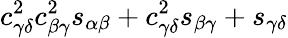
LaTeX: c_{\gamma\delta}^{2}c_{\beta\gamma}^{2}s_{\alpha\beta}+c_{\gamma\delta}^{2}s_{\beta\gamma}+s_{\gamma\delta}